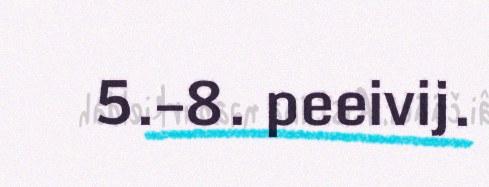
5.–8. peeivij.